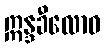
ဣန္ဒခီလောဝ